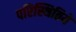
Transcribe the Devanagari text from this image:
परिस्थितियें